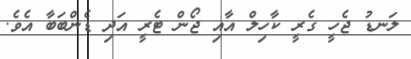
ލަނޑު ޖެހީ ގެރީ ކާހިލް އާއި ޖޯން ޓެރީ އަދި ޑެންބަބާ އެވެ.